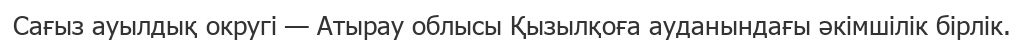
Сағыз ауылдық округі — Атырау облысы Қызылқоға ауданындағы әкімшілік бірлік.